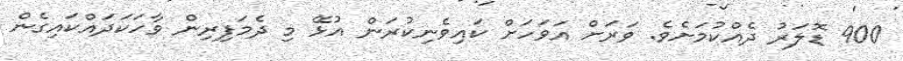
900 ޑޮލަރު ދެއްކުމަށެވެ. ވަރަށް އަވަހަށް ކައިވެނިކުރަން އުޅޭ މި ދެމަފިރިން ވާހަކަދައްކައިގެން